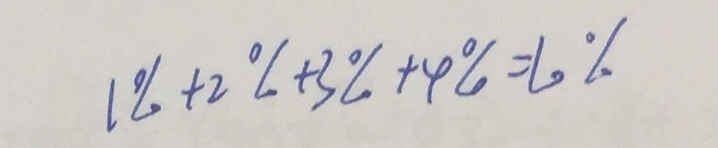
1 \% + 2 \% + 3 \% + 4 \% = 1 0 \%